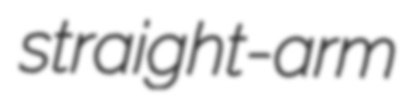
straight-arm